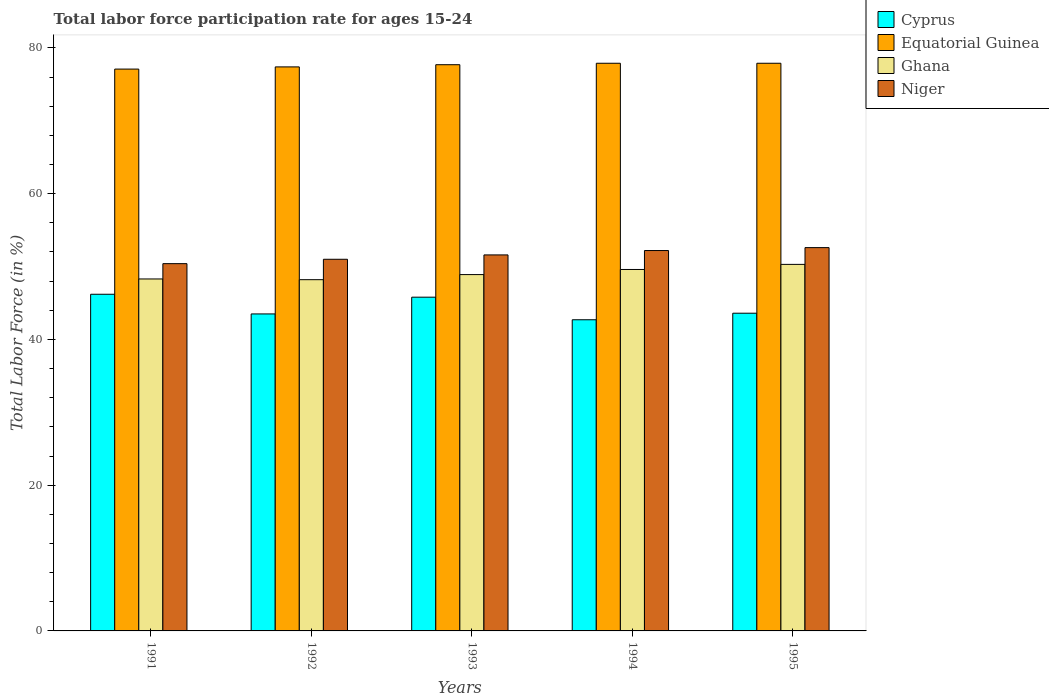
| Years | Cyprus | Equatorial Guinea | Ghana | Niger |
 | --- | --- | --- | --- | --- |
 | 1991 | 46.2 | 77.1 | 48.3 | 50.4 |
 | 1992 | 43.5 | 77.4 | 48.2 | 51 |
 | 1993 | 45.8 | 77.7 | 48.9 | 51.6 |
 | 1994 | 42.7 | 77.9 | 49.6 | 52.2 |
 | 1995 | 43.6 | 77.9 | 50.3 | 52.6 |